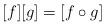
LaTeX: \begin{align*}[f][g]=[f\circ g]\end{align*}